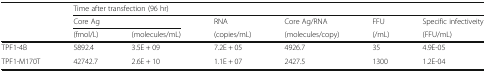
<table><thead><tr><td rowspan="2"></td><td colspan="6"><b>Time after transfection (96 hr)</b></td></tr><tr><td colspan="2"><b>Core Ag</b></td><td><b>RNA</b></td><td><b>Core Ag/RNA</b></td><td><b>FFU</b></td><td><b>Specific infectiveity</b></td></tr><tr><td></td><td><b>(fmol/L)</b></td><td><b>(molecules/mL)</b></td><td><b>(copies/mL)</b></td><td><b>(molecules/copy)</b></td><td><b>(/mL)</b></td><td><b>(FFU/mL)</b></td></tr></thead><tbody><tr><td>TPF1-4B</td><td>5892.4</td><td>3.5E + 09</td><td>7.2E + 05</td><td>4926.7</td><td>35</td><td>4.9E-05</td></tr><tr><td>TPF1-M170T</td><td>42742.7</td><td>2.6E + 10</td><td>1.1E + 07</td><td>2427.5</td><td>1300</td><td>1.2E-04</td></tr></tbody></table>